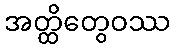
အတ္ထိတွေဝဿ